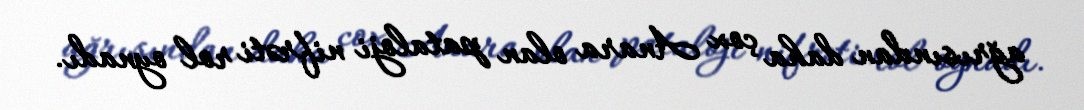
ağrısından daha çox Anara olan pataloji nifrəti rol oynadı.